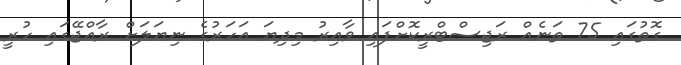
ގޮޮތުގައި 75 ތަނެއް ރަޖިސްޓްރީކޮށްފައި ވާއިރު މިދިޔަ އަހަރުގެ ނިޔަލަށް ރާއްޖޭގައި ހުރީ